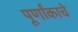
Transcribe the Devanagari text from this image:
पूर्णांकाचे